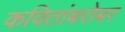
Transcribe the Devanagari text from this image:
कवितांबरोबर